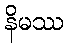
နိမဿ